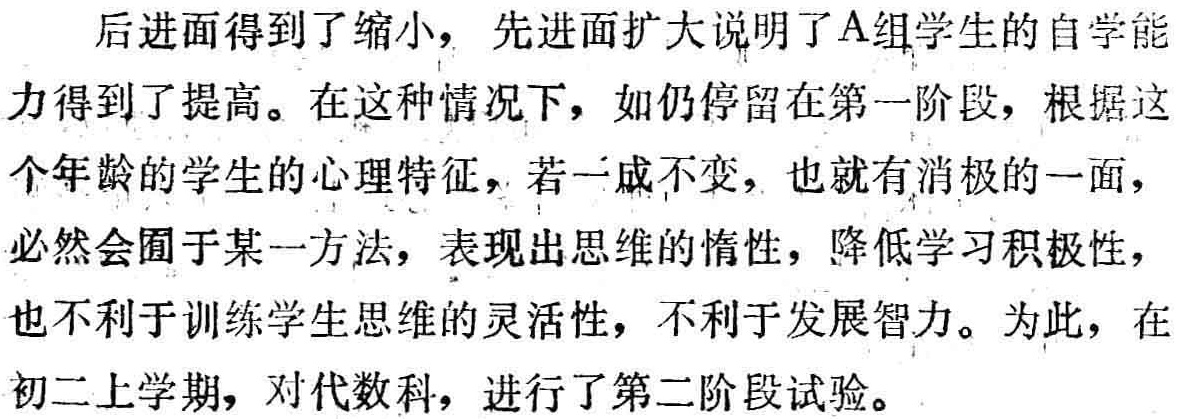
后进面得到了缩小，先进面扩大说明了A组学生的自学能力得到了提高。在这种情况下，如仍停留在第一阶段，根据这个年龄的学生的心理特征，若一成不变，也就有消极的一面，必然会囿于某一方法，表现出思维的惰性，降低学习积极性，也不利于训练学生思维的灵活性，不利于发展智力。为此，在初二上学期，对代数科，进行了第二阶段试验。